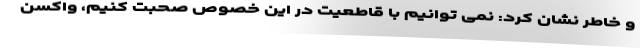
و خاطر نشان کرد: نمی توانیم با قاطعیت در این خصوص صحبت کنیم، واکسن